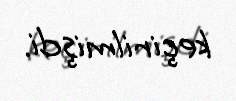
keçirilmişdi.